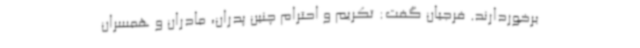
برخوردارند. فرجیان گفت: تکریم و احترام چنین پدران، مادران و همسران